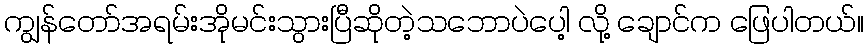
ကျွန်တော်အရမ်းအိုမင်းသွားပြီဆိုတဲ့သဘောပဲပေါ့ လို့ ချောင်က ဖြေပါတယ်။